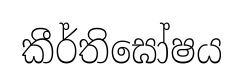
කීර්තිඝෝෂය